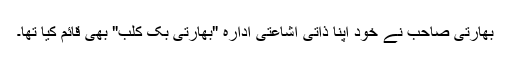
بھارتی صاحب نے خود اپنا ذاتی اشاعتی ادارہ "بھارتی بک کلب" بھی قائم کیا تھا۔